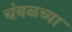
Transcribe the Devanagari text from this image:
चंबळच्या